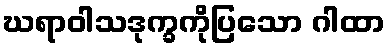
ဃရာဝါသဒုက္ခကိုပြသော ဂါထာ